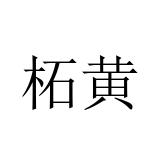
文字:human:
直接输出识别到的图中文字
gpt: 柘黄